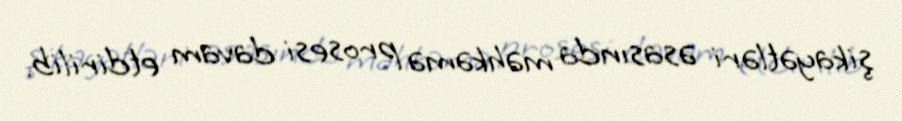
şikayətləri əsasında məhkəmə prosesi davam etdirilib.